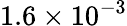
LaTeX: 1.6\times 10^{-3}